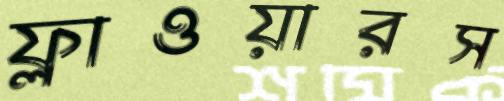
ফ্লাওয়ারস